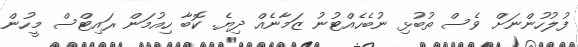
ފުލުހުންނަށް ވެސް ތުބުޅި ނުބެހެއްޓުނު ޒަމާނެއް ދިޔެ. ކޮބާ ހިއުމަން ރައިޓްސް މީހުން